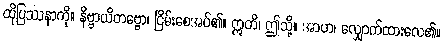
ထိုပြဿနာကို။ နိဗ္ဗာယိတဗ္ဗော၊ ငြိမ်းစေအပ်၏။ ဣတိ၊ ဤသို့။ အာဟ၊ လျှောက်ထားလေ၏။